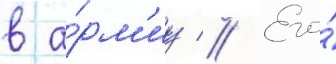
в а́рм'иу // Его́